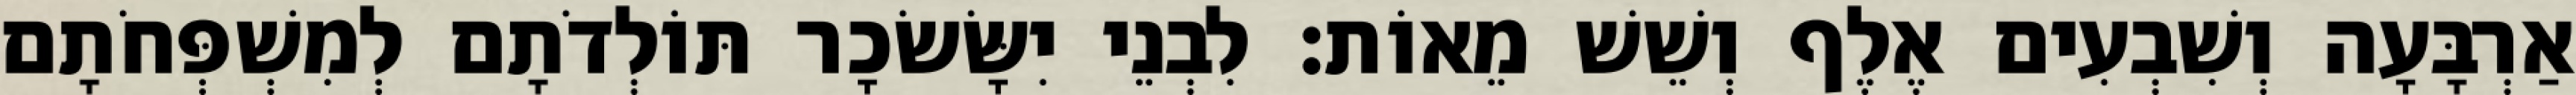
אַרְבָּעָה וְשִׁבְעִים אֶלֶף וְשֵׁשׁ מֵאוֹת׃ לִבְנֵי יִשָּׂשׂכָר תּוֹלְדֹתָם לְמִשְׁפְּחֹתָם